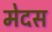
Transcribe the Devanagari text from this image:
मेदस